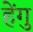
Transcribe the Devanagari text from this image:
हेंगु